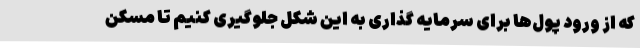
که از ورود پول‌ها برای سرمایه گذاری به این شکل جلوگیری کنیم تا مسکن